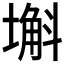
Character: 𡐗